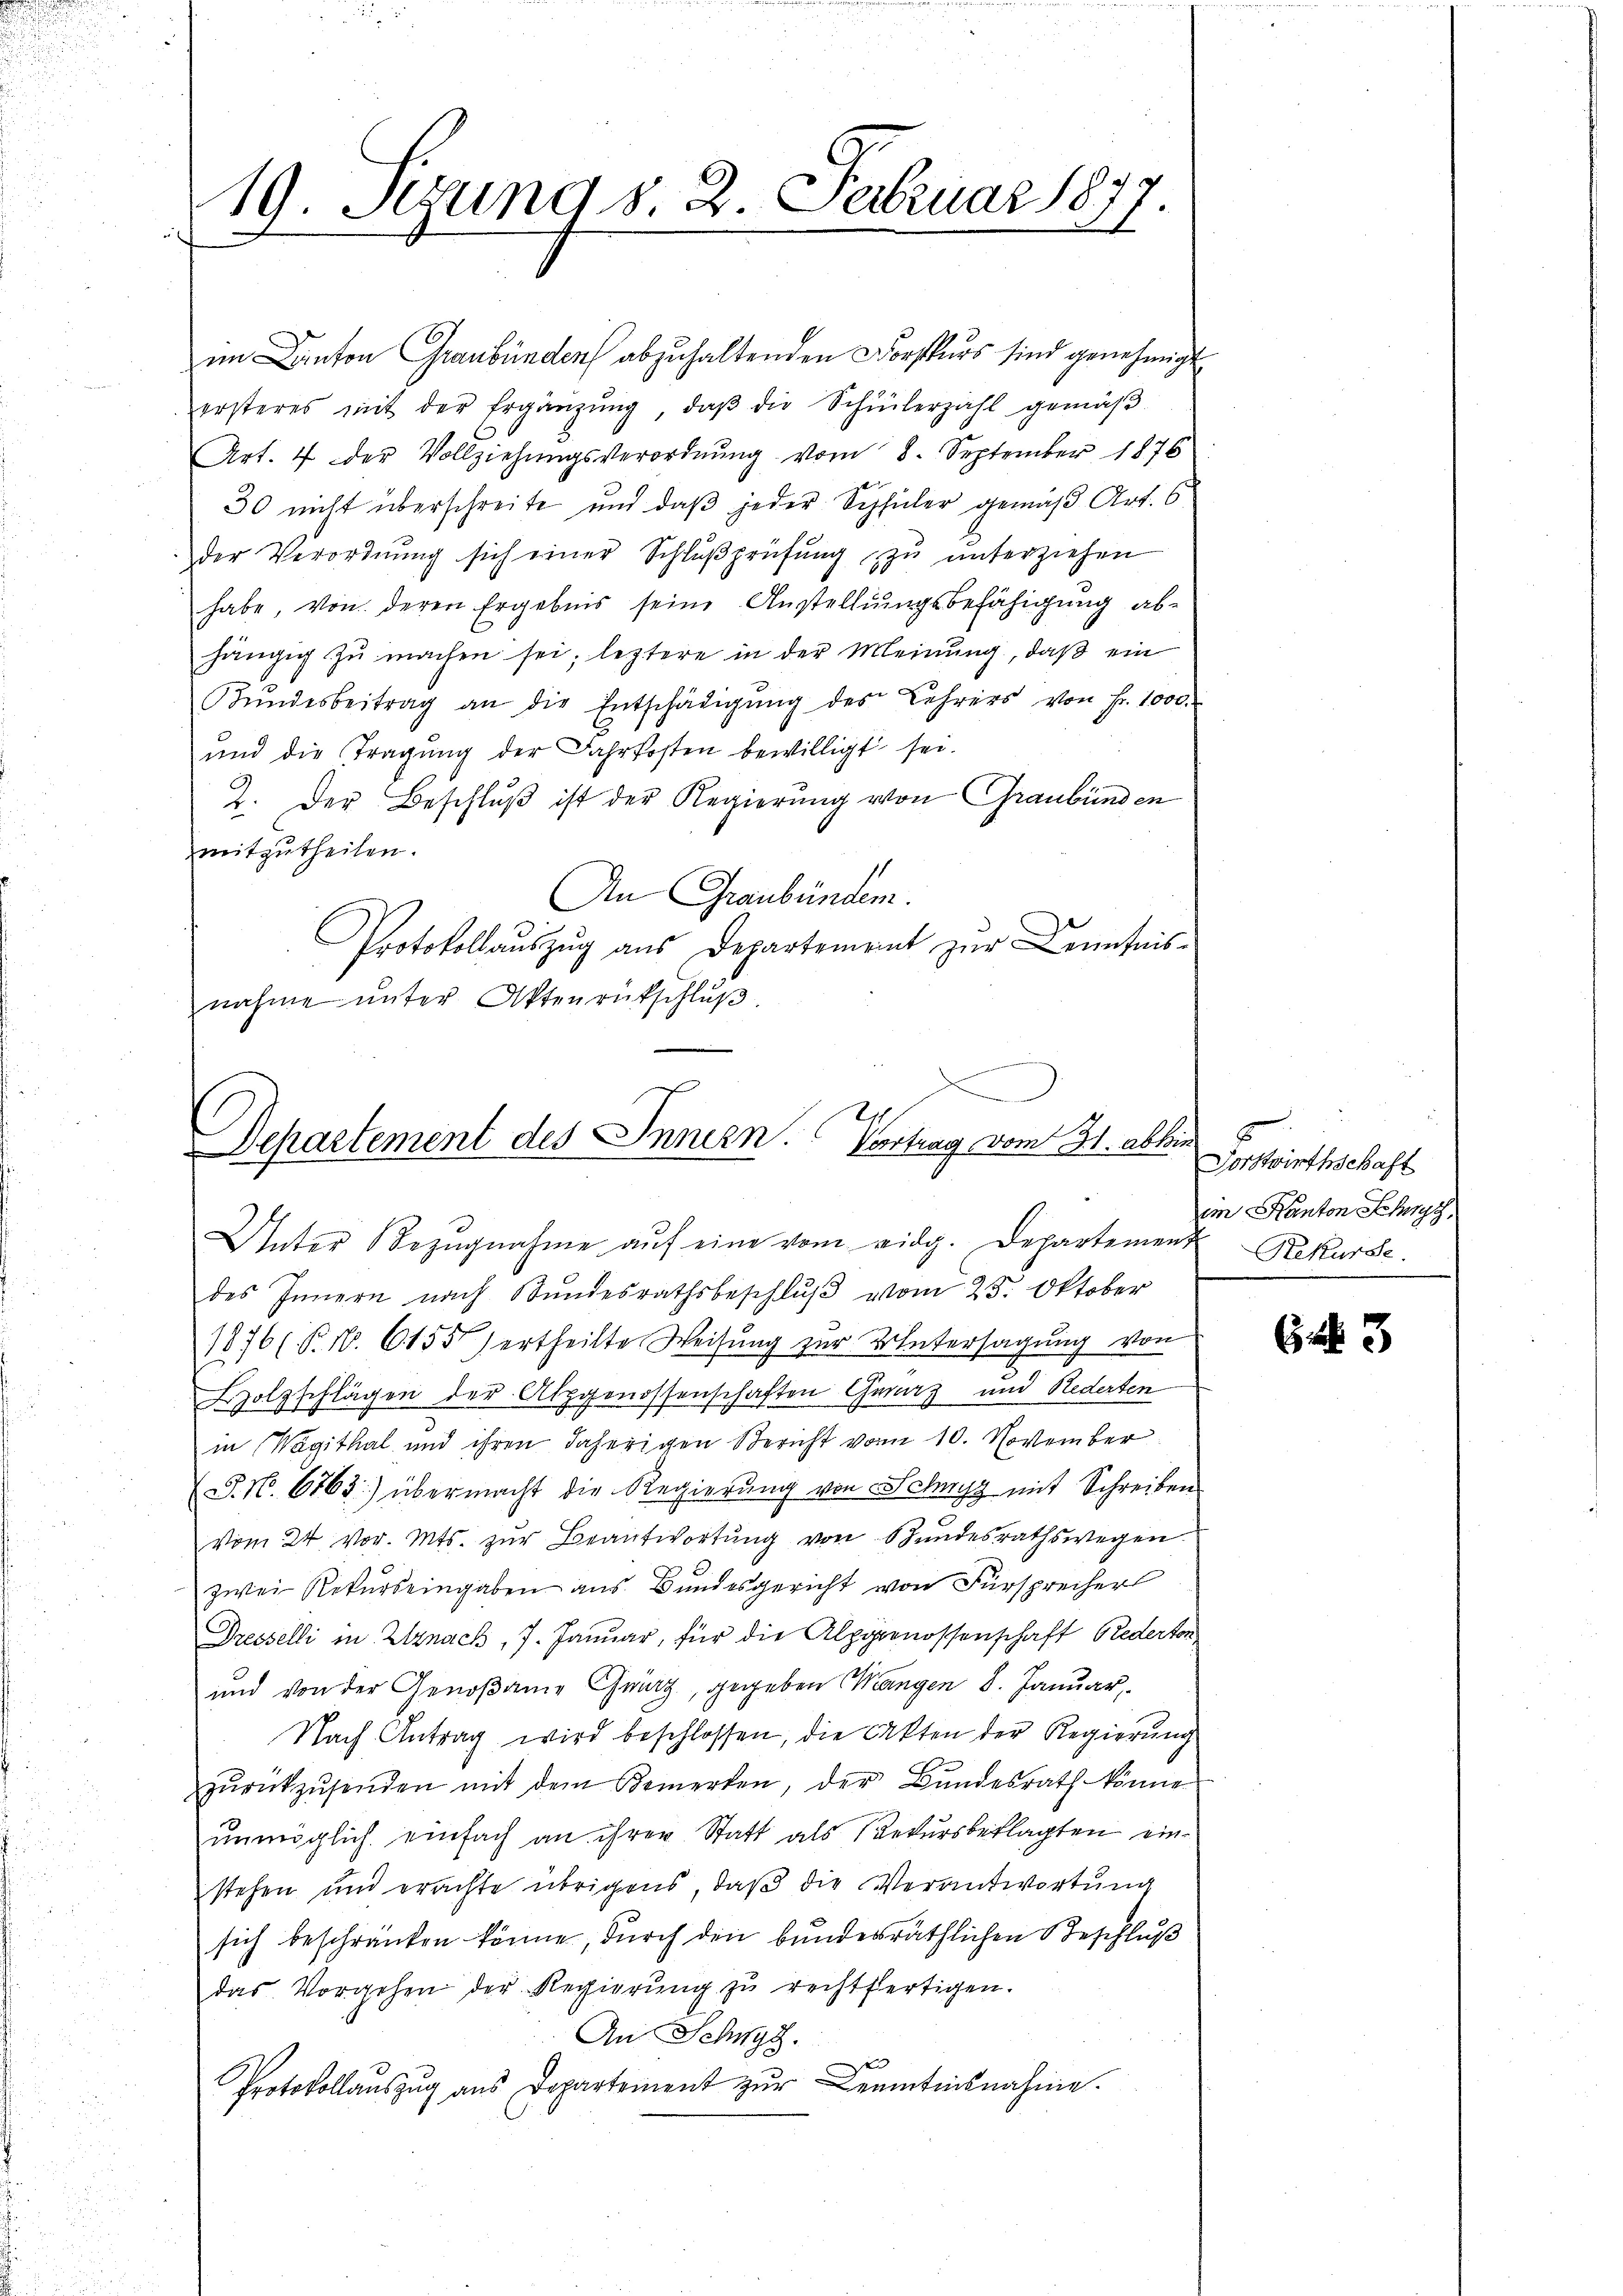
19. Jung 8. 2. Februar 18
1

im Canton Graubünden abzuhaltenden Forstkurs sind genehmigt
ersteres mit der Ergänzŭng, daβ die Schülerzahl gemäβ
Art. 4 der Vollziehŭngsverordnŭng vom 8. September 1876
30 nicht überschreite und daß jeder Schüler gemäß Art. 6
der Verordnung sich einer Schlußprüfung zu unterziehen
habe, von deren Ergebnis seine Anstellungsbefähigung ab-
hängig zŭ machen sei; leztere in der Meinung, daβ ein
Bŭndesbeitrag an die Entschädigŭng des Lehrers von Fr. 1000.
und die Tragung der Jahrkosten bewilligt sei.
2. Der Beschluß ist der Regierung von Graubünden
mitzutheilen.
An Graubünden.
Protokollauszug aus Departement zur Kenntnis-
nahme unter Aktenrückschlŭβ

Unter Bezŭgnahme aŭf eine vom eidg. Departement Rekurse.
des Innern nach Bŭndesrathsbeschlŭβ vom 25. Oktober
1876/ P. Nr. 6155) ertheilte Weisung zur Untersagung von
Holzschlägen der Alpgenossenschaften Gerarz und Rederten
in (Wagithal und ihren daherigen Bericht vom 10. November
J. N. 6763) übermacht die Regierung von Schwyz mit Schreiben
vom 24 vor. Mts. zur Beantwortung von Bundesrathswegen
zwei Rekurs eingaben aus Bundesgericht von Fürsprecher
Dresselli in Utznach, 7. Januar, für die Alpgenossenschaft Rederten
und von der Genoßame Chwig, gegeben Mangen 8. Januar
Nach Antrag wird beschlossen, die Cakten der Regierŭng
zŭrückzŭsenden mit dem Bemerken, der Bŭndesrath könne
unmöglich einfach an ihrer Statt als Rekursbeklagten einstehen und erachte übrigens, daβ die Verantwortŭng
sich beschränken könne, durch den bundesräthlichen Beschluß
das Vorgehen der Regierung zu rechtfertigen.
An Schwyz.
Protokollaŭszŭg ans Departement zŭr Kenntnisnahme.

Departement des Innern. Vortrag vom 31. abbin

Forstwirthschaft
im Kanton Schnet

63